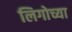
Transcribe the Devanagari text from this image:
लिगोच्या